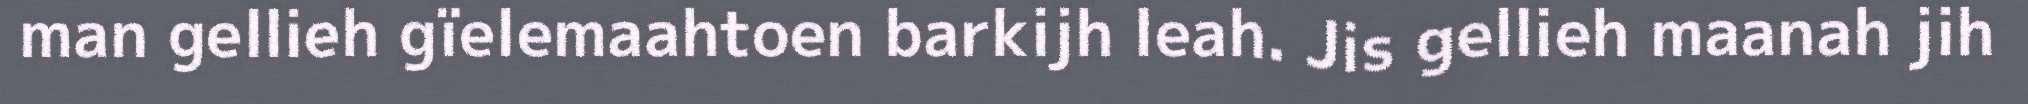
man gellieh gïelemaahtoen barkijh leah. Jis gellieh maanah jih